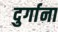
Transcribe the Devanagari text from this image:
दुर्गाना